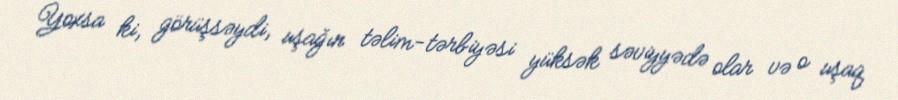
Yoxsa ki, görüşsəydi, uşağın təlim-tərbiyəsi yüksək səviyyədə olar və o uşaq